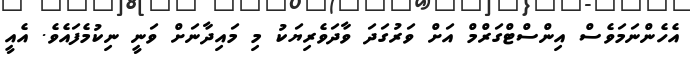
އެހެންނަމަވެސް އިންސްޓްގަރްމް އަށް ވަރުގަދަ ވާދަވެރިޔަކު މި މައިދާނަށް ވަނީ ނިކުމެފައެވެ. އެއީ